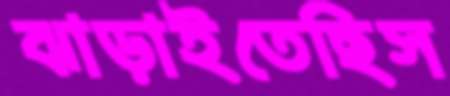
ঝাড়াইতেছিস